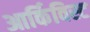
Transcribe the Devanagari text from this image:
आर्किविस्ट